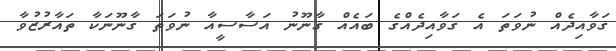
ގަވާއިދެއް ނުވަތަ އެ ގަވާއިދެއްގެ ބައެއް ގާނޫނު އަސާސީއާ ނުވަތަ ގާނޫނަކާ ތައާރުޒުވާ